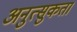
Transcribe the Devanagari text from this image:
अनुत्सुकता